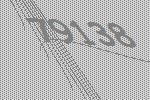
79138